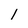
Character: l